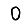
Digit: 0